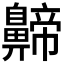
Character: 𪖰